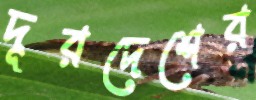
দূরদেশের